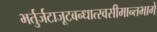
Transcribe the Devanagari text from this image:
भर्तुर्जटाजूटबन्धात्स्वसीमान्तभागे